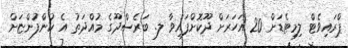
ޕްރައިވެޓް ލިމިޓެޑަށް 20 އަހަރަށް ދޫކޮށްފައިވާ ލ. ބަރެސްދޫގެ މުއްދަތު އެ ކުންފުންޏަށް